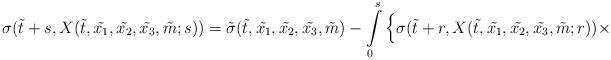
LaTeX: \begin{align*}\sigma(\tilde{t} +s, X (\tilde{t} , \tilde{x_1},\tilde{x_2}, \tilde{x_3}, \tilde{m}; s)) = \tilde{\sigma} (\tilde{t} , \tilde{x_1}, \tilde{x_2},\tilde{x_3},\tilde{m}) -\int\limits_0^s \Big\{ \sigma (\tilde{t} +r,X (\tilde{t} , \tilde{x_1}, \tilde{x_2}, \tilde{x_3}, \tilde{m}; r)) \times\end{align*}